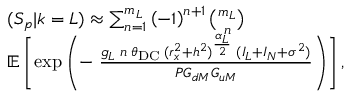
\begin{array} { r l } & { ( S _ { p } | k = L ) \approx \sum _ { n = 1 } ^ { m _ { L } } \left( - 1 \right) ^ { n + 1 } { \binom { m _ { L } } { n } } } \\ & { \mathbb { E } \left[ \exp \left( - \; \frac { g _ { L } \; n \; \theta _ { \mathrm { D C } } \; ( r _ { x } ^ { 2 } + h ^ { 2 } ) ^ { \frac { \alpha _ { L } } { 2 } } \; ( I _ { L } + I _ { N } + \sigma ^ { 2 } ) } { P G _ { d M } G _ { u M } } \right) \right] , } \end{array}